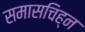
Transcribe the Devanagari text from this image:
समासचिह्न